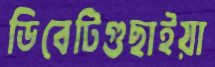
ডিবেটিগুছাইয়া